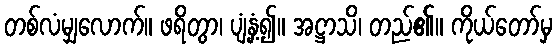
တစ်လံမျှလောက်။ ဖရိတွာ၊ ပျံ့နှံ့၍။ အဋ္ဌာသိ၊ တည်၏။ ကိုယ်တော်မှ